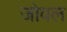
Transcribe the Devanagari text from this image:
जोवल